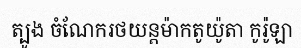
ត្បូង ចំណែករថយន្តម៉ាកតូយ៉ូតា កូរ៉ូឡា